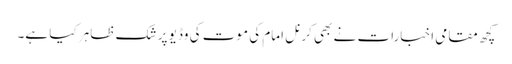
کچھ مقامی اخبارات نے بھی کرنل امام کی موت کی وڈیو پر شک ظاہر کیا ہے۔